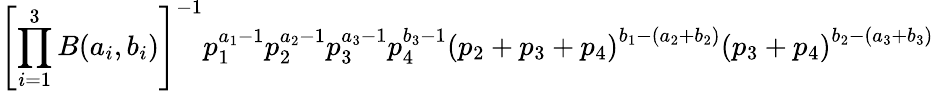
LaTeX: \left[\prod_{i=1}^{3}B(a_{i},b_{i})\right]^{-1}p_{1}^{a_{1}-1}p_{2}^{a_{2}-1}p_{3}^{a_{3}-1}p_{4}^{b_{3}-1}\left(p_{2}+p_{3}+p_{4}\right)^{b_{1}-\left(a_{2}+b_{2}\right)}\left(p_{3}+p_{4}\right)^{b_{2}-\left(a_{3}+b_{3}\right)}